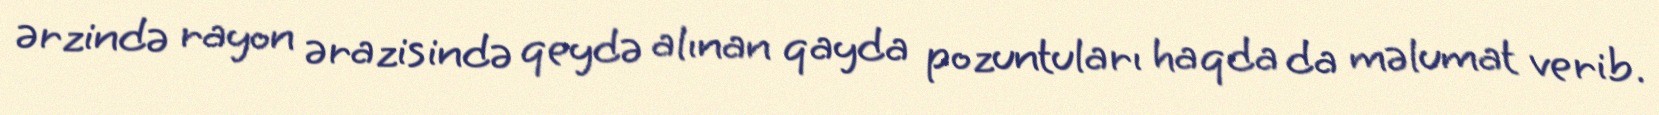
ərzində rayon ərazisində qeydə alınan qayda pozuntuları haqda da məlumat verib.